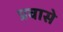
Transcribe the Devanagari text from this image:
प्रवासे